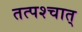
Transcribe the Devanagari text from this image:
तत्पश्‍चात्